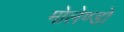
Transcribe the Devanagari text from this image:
मोलेण्डो